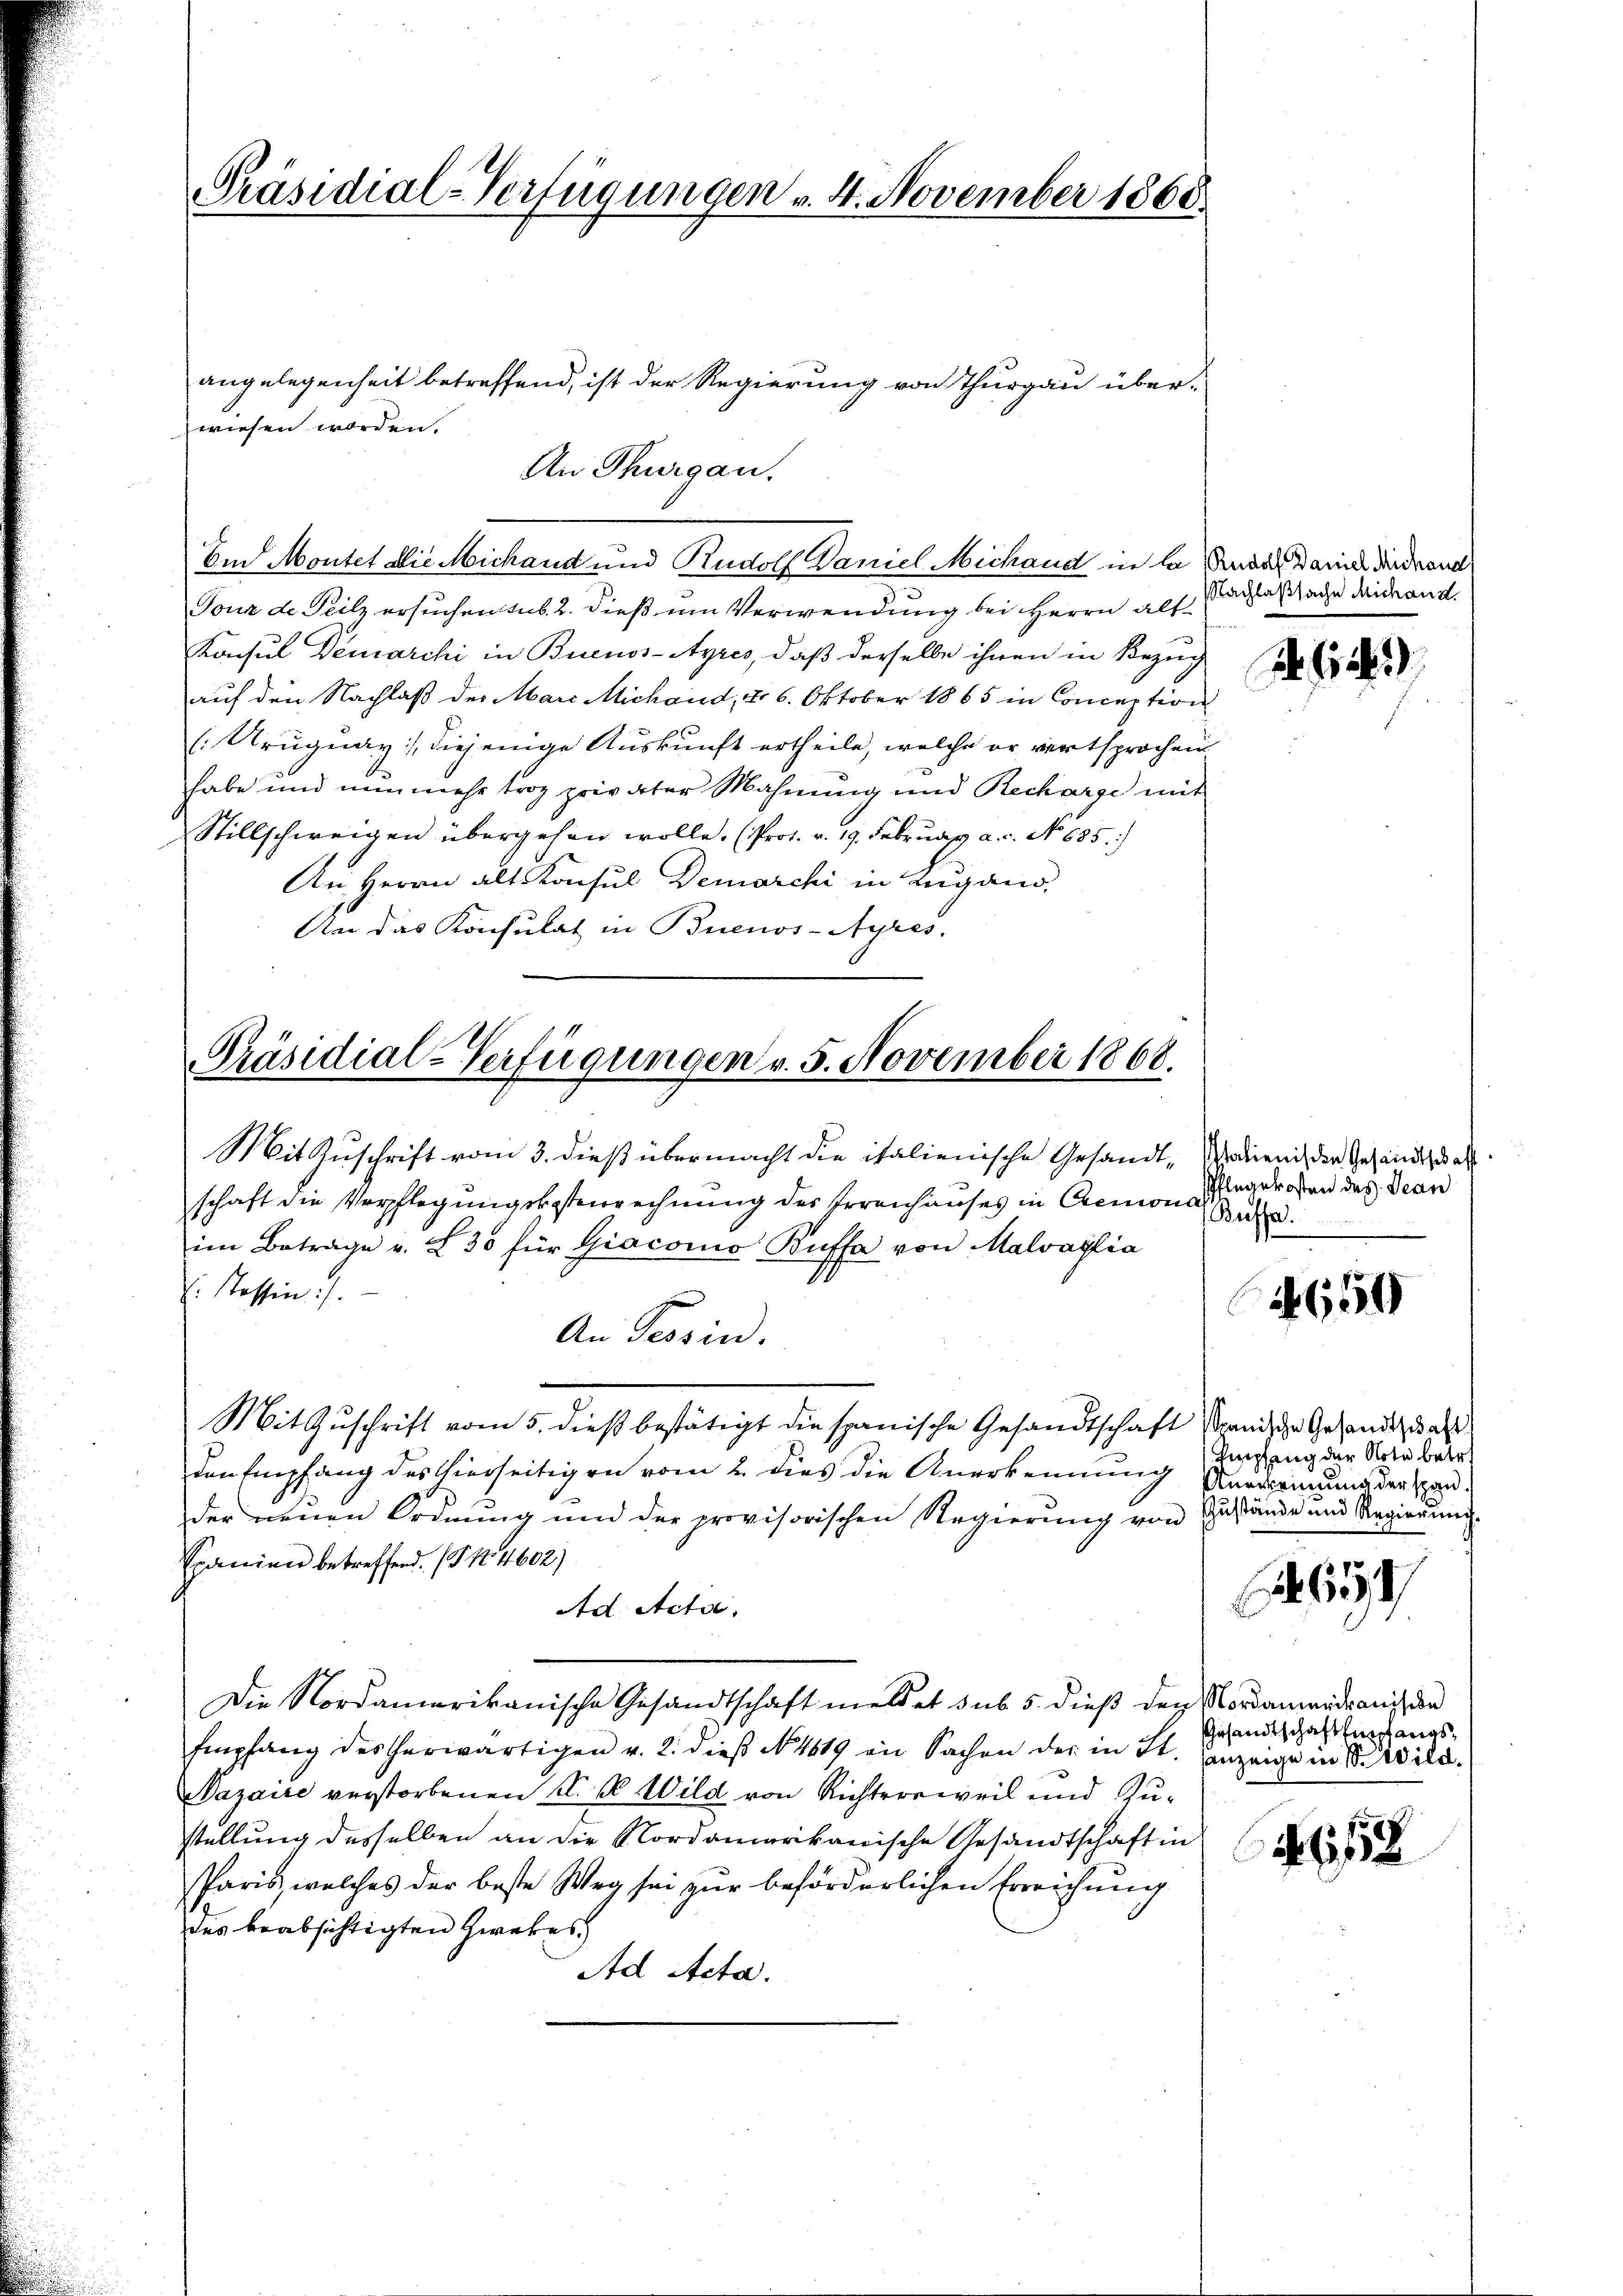
Präsidial-Verfügungen v. 4. November 1868.

wiesen worden.
Im Montel alie Michand und Rudolf Vaniel Michand in la Saddl Daniel die drant

Tour de Teilz ersuchen sub. 2. dieß um Verwendung bei Herrn Alt¬
Konsul Demarchi in Buenos-Ayres, daß derselbe ihnen in Bezug
auf den Nachlaß der Marc Michaid, d. 6. Oktober 1865 in Conception
[:Aruguay :/ diejenige Auskunft ertheile, welche er vertsprochen
habe und nunmehr troz privater Mahnung und Recharge mit
Stillschweigen übergehen wolle. (Prof. v. 19. Februar a. c. No 685.)
An Herrn alt Konsul Demarchi in Lugano,
An das Konsulat in Buenos-Ayres.

Präsidial-Verfügungen v. 5. November 1868.

angelegenheit betreffend, ist der Regierung von Thurgau über¬
An Thurgau.

Mit Zuschrift vom 3. dieß übermacht die italienische Gesandt, Waden, der Gesandtheat
schaft die Verpflegungsbesterrechnung des Irrenhauses in Cremona
im Betrage v. 230 für Giacomo Buffa von Malvaglia
: Tessin.).
An Tessin.
Mit Zuschrift vom 5. dieß bestätigt die spanische Gesandtschaft spanische Gesandt, daß
den Empfang des hierseitigen vom 2. dies die Anerkennung Anerkennung der span
der neuen Ordnung und der provisorischen Regierung von Zustände und Regierung
Exdenien betreffend. (T. No. 4602)
Ad Acta.
Die Nordamerikanische Gesandtschaft meldet sub. 5. dieß den Nordammander auch den
Empfang des herwärtigen v. 2. dieβ No. 1819 in Sachen der in St. Ganzeige in S. Wild.
azaire verstorbenen A. B. Wild von Richtersweil und Zustellung desselben an die Nordamerikanische Gesandtschaft in
sparis, welches der beste Weg sei zur beförderlichen Erreichung
des beabsichtigten Zwekes
Ad Acta.

Nachlaßsache Michand.
2. G

C

Pflegekosten des Jean
Buffa

650

Empfang der Note betr.

5

Gesandtschaft Empfangs¬

46152